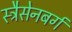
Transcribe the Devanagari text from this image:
स्ट्रैसेनबर्ग